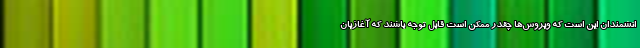
انشمندان این است که ویروس‌ها چقدر ممکن است قابل توجه باشند که آغازیان